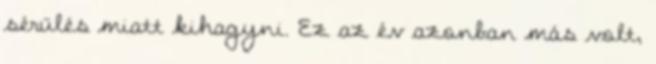
sérülés miatt kihagyni. Ez az év azonban más volt,